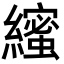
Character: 𮉒